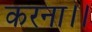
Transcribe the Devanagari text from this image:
करना।।